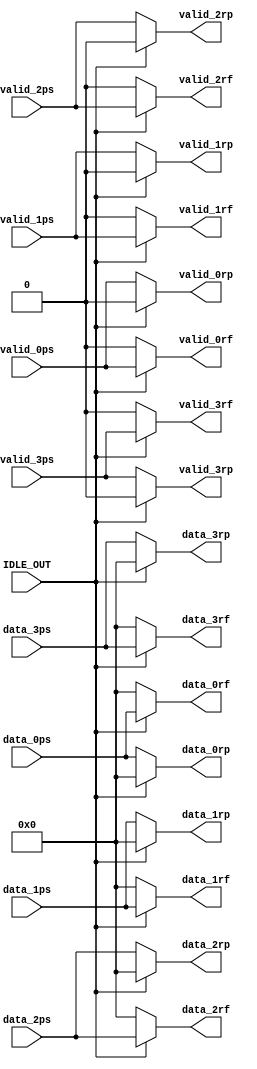
/* CREADOR: FREDDY ZUNIGA CERDAS PARA EL PROYECTO 1 DE
 CIRCUITOS DIGITALES II I SEMESTRE 2021.
 
 ESTE MODULO SE ENCARGA DE PASAR 4 LINEA DE DATOS PARALELOS A 
 UNA DE LAS DOS SALIDAS DE 4 LINEAS CADA UNA, DEPENDIENDO DE
 EL VALOR DE IDLE_OUT, EN CASO DE SER 0 VUELVE A PONER LA ENTRADA
 ANTERIOR EN EL PROBADOR Y SOLO PASA DATOS A LA SALIDA 1 CUANDO
 IDLE_OUT ES 1, EN TANTO SIGA SIENDO 0 SEGUIRA EN BUCLE. 
 */

module recirculacion( output reg [7:0] data_0rf, data_1rf,
		      output reg [7:0] data_2rf, data_3rf,
		      output reg       valid_0rf, valid_1rf,
		      output reg       valid_2rf, valid_3rf,
		      output reg [7:0] data_0rp, data_1rp,
		      output reg [7:0] data_2rp, data_3rp,
		      output reg       valid_0rp, valid_1rp,
		      output reg       valid_2rp, valid_3rp,
		      input wire [7:0] data_0ps, data_1ps, data_2ps, data_3ps,
		      input wire       valid_0ps, valid_1ps, valid_2ps, valid_3ps,
		      input wire       IDLE_OUT );
   

   // data_0rf, el rf significa recirculacion a etapa de flops2
   // data_0rp, el rp significa recirculacion a probador
   // data_0ps, el ps significa probador sincronizado
   
   always @( * ) begin
      if( IDLE_OUT ) begin
	 data_0rf = data_0ps;
	 valid_0rf = valid_0ps;
	 data_1rf = data_1ps;
	 valid_1rf = valid_1ps;
	 data_2rf = data_2ps;
	 valid_2rf = valid_2ps;
	 data_3rf = data_3ps;
	 valid_3rf = valid_3ps;
	 ///////////////////////////
	 data_0rp = 8'h00;
	 valid_0rp = 1'b0;
	 data_1rp = 8'h00;
	 valid_1rp = 1'b0;
	 data_2rp = 8'h00;
	 valid_2rp = 1'b0;
	 data_3rp = 8'h00;
	 valid_3rp = 1'b0;
      end // if ( IDLE_OUT )
      
      else begin
	 data_0rp = data_0ps;
	 valid_0rp = valid_0ps;
	 data_1rp = data_1ps;
	 valid_1rp = valid_1ps;
	 data_2rp = data_2ps;
	 valid_2rp = valid_2ps;
	 data_3rp = data_3ps;
	 valid_3rp = valid_3ps;
	 ///////////////////////////	 
	 data_0rf = 8'h00;
	 valid_0rf = 1'b0;
	 data_1rf = 8'h00;
	 valid_1rf = 1'b0;
	 data_2rf = 8'h00;
	 valid_2rf = 1'b0;
	 data_3rf = 8'h00;
	 valid_3rf = 1'b0;
      end // else: !if( IDLE_OUT )
   end // always @ ( * )

endmodule // recirculacion